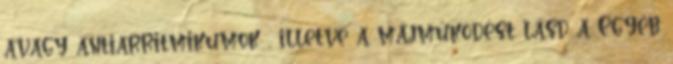
avagy antiarritmikumok , illetve a májműködést lásd a Egyéb